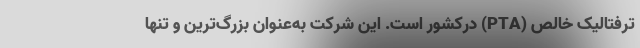
ترفتالیک خالص (PTA) درکشور است. این شرکت به‌عنوان بزرگ‌ترین و تنها